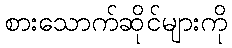
စားသောက်ဆိုင်များကို